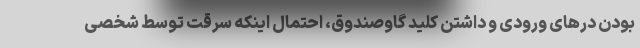
بودن درهای ورودی و داشتن کلید گاوصندوق، احتمال اینکه سرقت توسط شخصی